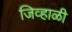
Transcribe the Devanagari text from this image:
जिव्हाळी